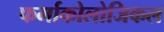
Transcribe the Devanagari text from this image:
फर्माकोलोजिकल